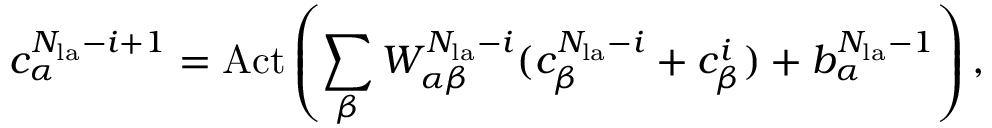
c _ { \alpha } ^ { N _ { \mathrm { l a } } - i + 1 } = \mathrm { A c t } \left( \sum _ { \beta } W _ { \alpha \beta } ^ { N _ { \mathrm { l a } } - i } ( c _ { \beta } ^ { N _ { \mathrm { l a } } - i } + c _ { \beta } ^ { i } ) + b _ { \alpha } ^ { N _ { \mathrm { l a } } - 1 } \right) ,